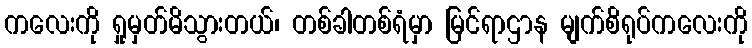
ကလေးကို ရှုမှတ်မိသွားတယ်၊ တစ်ခါတစ်ရံမှာ မြင်ရာဌာန မျက်စိရုပ်ကလေးကို